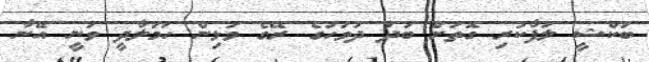
ބަކްޝީ ލަފާކުރި ގޮތަށް ބުދަ ދުވަހުގެ ރޭގެ ވަޅިން ހަމަލާދީ ވަނީ އޭނާ